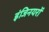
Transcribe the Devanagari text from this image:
इंजिनयरों